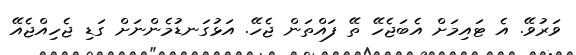
ވަރުވޭ. އެ ޓައިމަށް އެބަޖެހޭ ތޭ ފައްތަން ޖެހޭ. އަޅުގަނޑުމެންނަށް ގަޑި ޖެހިއްޖެއޭ